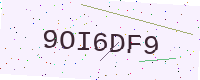
Text: 9OI6DF9